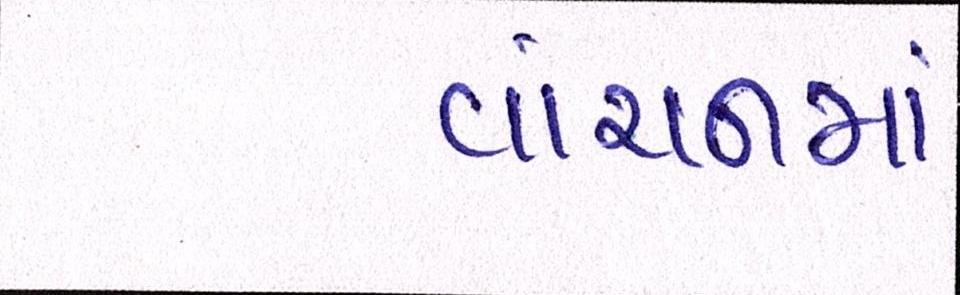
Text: વાંચનમાં